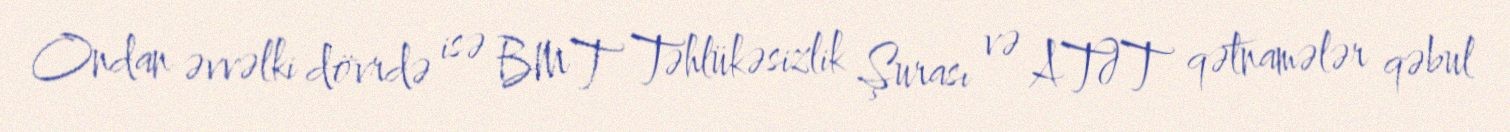
Ondan əvvəlki dövrdə isə BMT Təhlükəsizlik Şurası və ATƏT qətnamələr qəbul